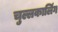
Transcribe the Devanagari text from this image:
चुल्लकालिंग